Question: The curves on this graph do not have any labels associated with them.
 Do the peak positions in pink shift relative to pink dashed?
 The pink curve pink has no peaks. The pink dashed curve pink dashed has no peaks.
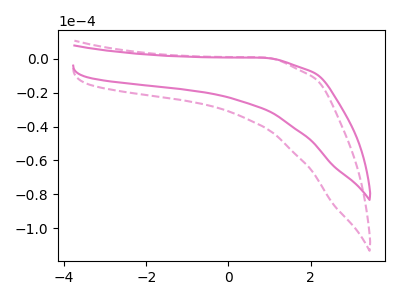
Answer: <think>Neither "pink" or "pink dashed" have any peaks.
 </think>
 <answer>No, "pink" and "pink dashed" don't appear to be significantly different in shape</answer>
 <eval>no_change</eval>